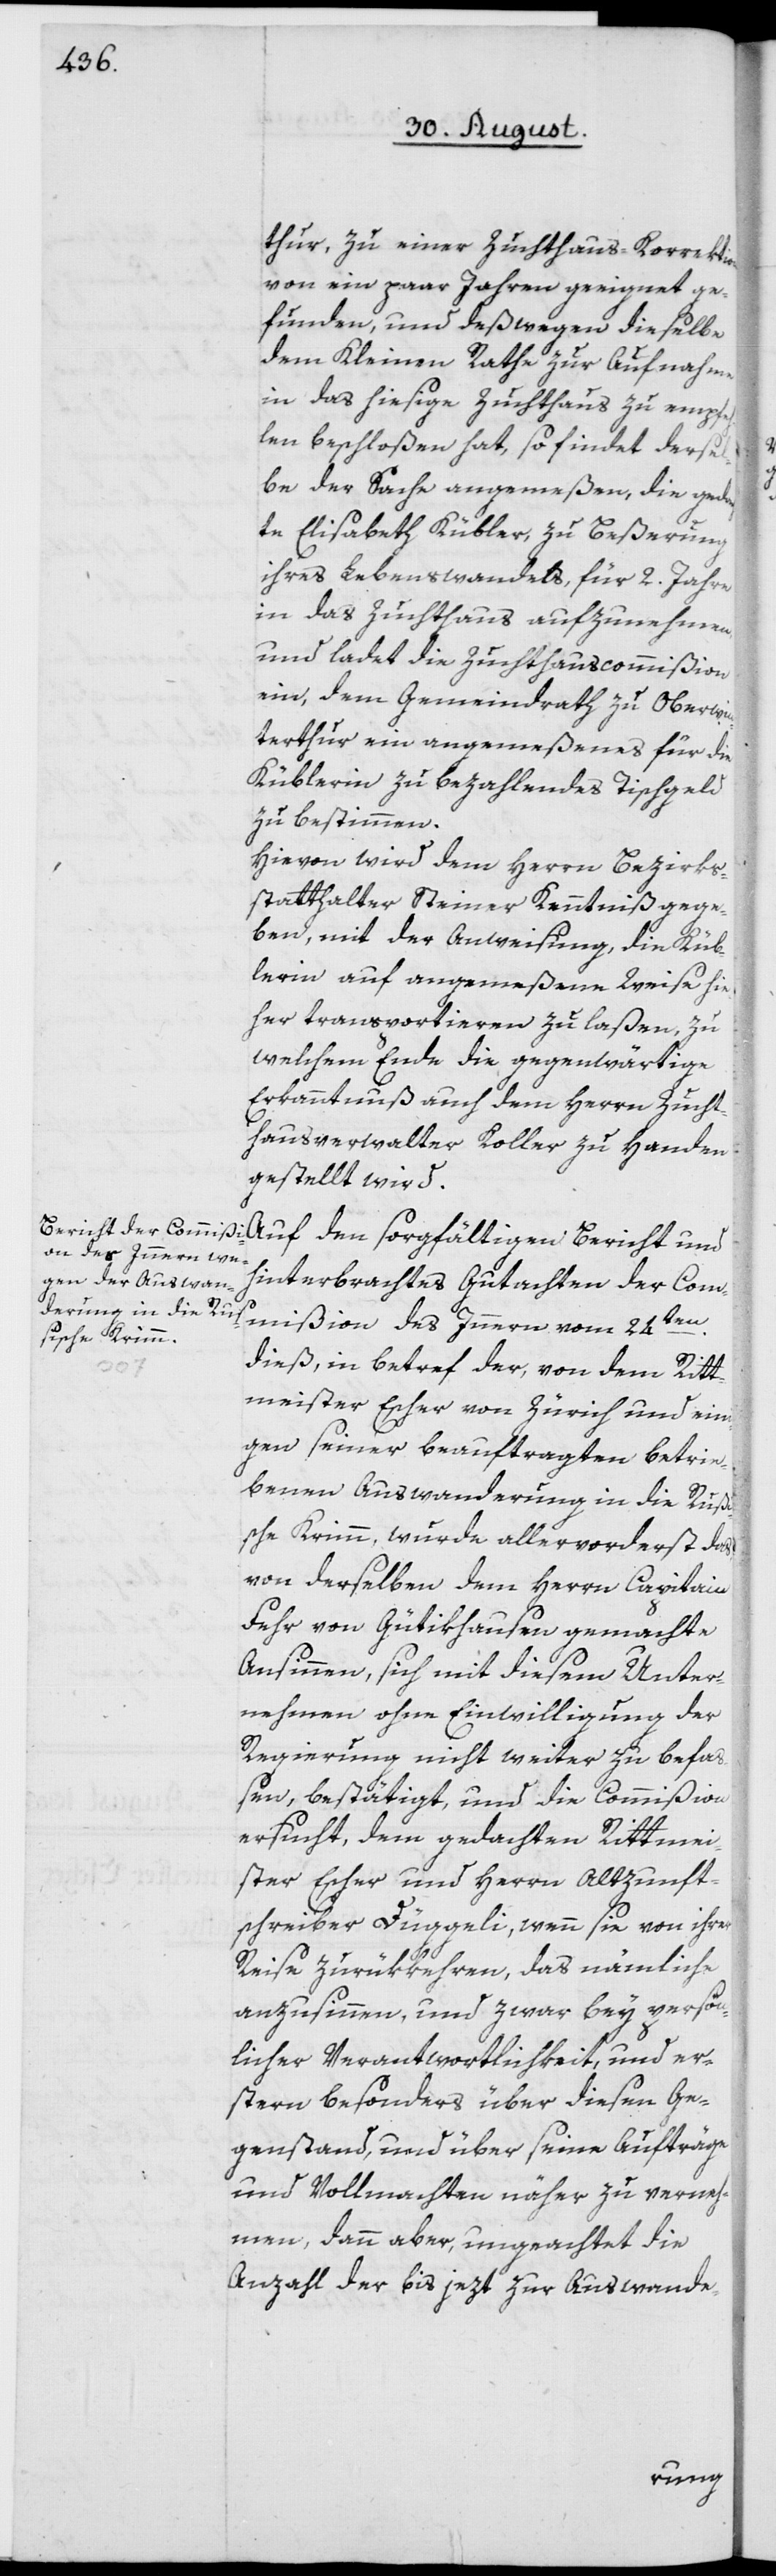
thur, zu einer Zuchthaus-Korrektion
von ein paar Jahren geeignet ge¬
funden, und deßwegen dieselbe
dem Kleinen Rathe zur Aufnahme
in das hiesige Zuchthaus zu empfeh¬
len beschloßen hat, so findet dersel¬
be der Sache angemeßen, die gedach¬
te Elisabeth Kübler, zu Beßerung
ihres Lebenswandels, für 2. Jahre
in das Zuchthaus aufzunehmen,
und ladet die Zuchthauscommißion
ein, dem Gemeindrath zu Oberwin¬
terthur ein angemeßenes für die
Küblerin zu bezahlendes Tischgeld
zu bestimmen.
Hievon wird dem Herrn Bezirks¬
statthalter Steiner Kenntniß gege¬
ben, mit der Anweisung, die Küb¬
lerin auf angemeßene Weise hie¬
her transportieren zu laßen, zu
welchem Ende die gegenwärtige
Erkanntnuß auch dem Herrn Zucht¬
hausverwalter Koller zu Handen
gestellt wird.
des Innern vom
hinterbrachtes Gutachten der Commi¬
24ten
dieß, in betref der, von dem Ritt¬
meister Escher von Zürich und ein¬
igen seiner beauftragten betrie¬
benen Auswanderung in die Rußi¬
sche Krimm, wurde allervorderst das
von derselben dem Herrn Capitain
Fehr von Gütikhausen gemachte
Ansinnen, sich mit diesem Unter¬
nehmen ohne Einwilligung der
Regierung nicht weiter zu befa¬
ßen, bestätigt, und die Commißion
ersucht, dem gedachten Rittmei¬
ster Escher und Herrn Altzunft¬
schreiber Düggeli, wenn sie von ihrer
Reise zurükkehren, das nämliche
anzusinnen, und zwar bey persön¬
licher Verantwortlichkeit, und er¬
stern besonders über diesen Ge¬
genstand, und über seine Aufträge
und Vollmachten näher zu verneh¬
men, dann aber, ungeachtet die
Anzahl der bis jezt zur Auswande-